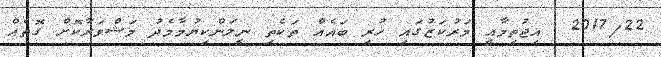
2017/22  އިޖުތިމާއީ މަރުކަޒުގައި ހުރި ބައެއް ތަކެތި ނީލަންކިޔުމާމެދު މަޝްވަރާކޮށް ގޮތެއް